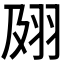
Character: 𰭟